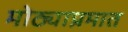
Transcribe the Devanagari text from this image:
मोठ्याप्रमात